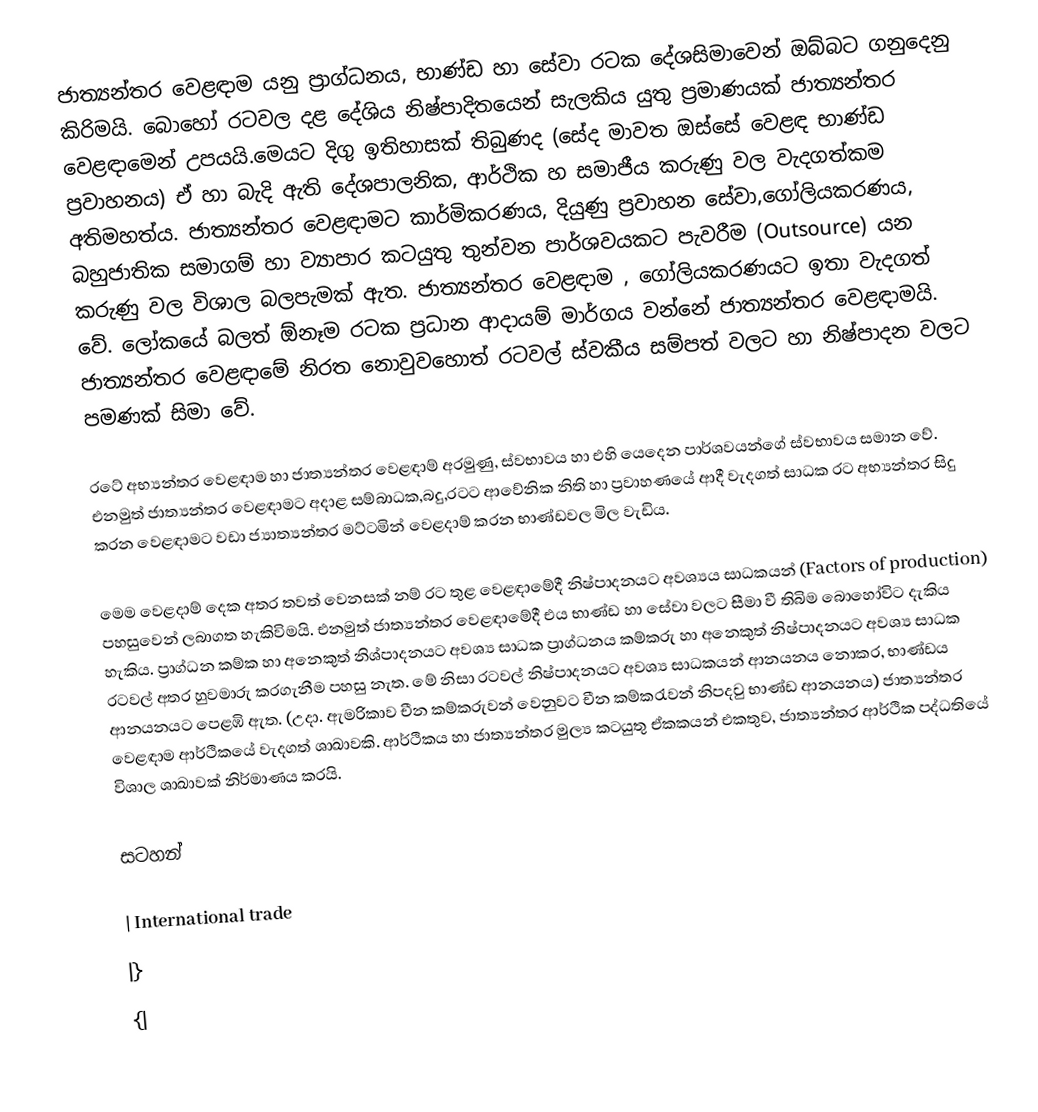
ජාත්‍යන්තර වෙළඳාම යනු ප්‍රාග්ධනය, භාණ්ඩ හා සේවා රටක දේශසිමාවෙන් ඔබ්බට ගනුදෙනු කිරිමයි. බොහෝ රටවල දළ ‍දේශිය නිෂ්පාදිතයෙන් සැලකිය යුතු ප්‍රමාණයක් ජාත්‍යන්තර වෙළඳාමෙන් උපයයි.මෙයට දිගු ඉතිහාසක් තිබුණද (සේද මාවත ඔස්සේ වෙළඳ භාණ්ඩ ප්‍රවාහනය) ඒ හා බැදි ඇති දේශපාලනික, ආර්ථික හ සමාජීය කරුණු වල වැදගත්කම අතිමහත්ය. ජාත්‍යන්තර වෙළඳාමට කාර්මිකරණය, දියුණු ප්‍රවාහන සේවා,ගෝලියකරණය, බහු‍ජාතික සමාගම් හා ව්‍යාපාර කටයුතු තුන්වන පාර්ශවයකට පැවරීම (Outsource) යන කරුණු වල විශාල බලපැමක් ඇත. ජාත්‍යන්තර වෙළඳාම , ගෝලියකරණයට ඉතා වැදගත් වේ. ලෝකයේ බලත් ඕනෑම රටක ප්‍රධාන ආදායම් මාර්ගය වන්නේ ජාත්‍යන්තර වෙළඳාමයි. ජාත්‍යන්තර වෙළඳාමේ නිරත නොවුවහොත් රටවල් ස්වකීය සම්පත් වලට හා නිෂ්පාදන වලට පමණක් සිමා වේ.

රටේ අභ්‍යන්තර වෙළඳාම හා ජාත්‍යන්තර වෙළඳාම් අරමුණු, ස්වභාවය හා එහි යෙදෙන පාර්ශවයන්ගේ ස්වභාවය සමාන වේ. එනමුත් ජාත්‍යන්තර වෙළඳාමට අදාළ සම්බාධක,බදු,රටට ආවේනික නිති හා ප්‍රවාහණයේ ආදී වැදගත් සාධක රට අභ්‍යන්තර සිදු කරන වෙළඳාමට වඩා  ජ්‍යාත්‍යන්තර මට්ටමින් වෙළදාම් කරන භාණ්ඩවල මිල වැඩිය.

මෙම වෙළදාම් දෙක අතර තවත් වෙනසක් නම් රට තුළ වෙළඳාමේදී නිෂ්පාදනයට අවශ්‍යය සාධකයන් (Factors of production) පහසුවෙන් ලබාගත හැකිවිමයි. එනමුත් ජාත්‍යන්තර වෙළඳාමේදී එය භාණ්ඩ හා සේවා වලට සීමා වී තිබිම බොහෝවිට දැකිය හැකිය. ප්‍රාග්ධන කම්ක හා අනෙකුත් නිශ්පාදනයට අවශ්‍ය සාධක ප්‍රාග්ධනය කම්කරු හා අනෙකුත් නිෂ්පාදනයට අවශ්‍ය සාධක රටවල් අතර හුවමාරු කරගැනීම පහසු නැත. මේ නිසා රටවල් නිෂ්පාදනයට අවශ්‍ය සාධකයන් ආනයනය නොකර, භාණ්ඩය ආනයනයට පෙළඹි ඇත. (උදා. ඇමරිකාව චීන කම්කරුවන් වෙනුවට චීන කම්කරැවන් නිපදවු භාණ්ඩ ආනයනය) ජාත්‍යන්තර වෙළඳාම ආර්ථිකයේ වැදගත් ශාඛාවකි. ආර්ථිකය හා ජාත්‍යන්තර මුල්‍ය කටයුතු ඒකකයන් එකතුව, ජාත්‍යන්තර ආර්ථික පද්ධතියේ විශාල ශාඛාවක් නිර්මාණය කරයි.

සටහන්

| International trade
|}
{|